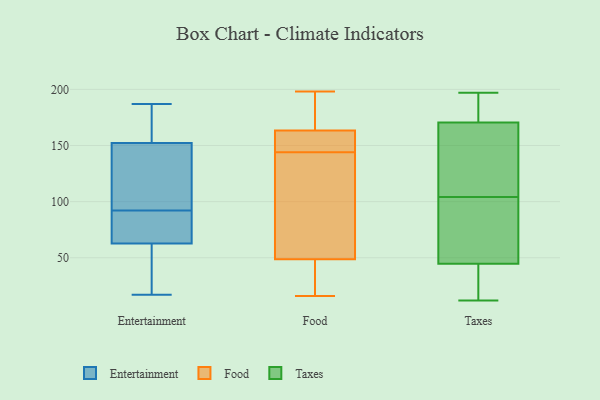
{"axis": {"x": "Customer Acquisition Cost (USD)", "y": "Value"}, "legend": ["Entertainment", "Food", "Taxes"], "data": [{"x": "", "y": 153, "type": "Entertainment"}, {"x": "", "y": 88, "type": "Entertainment"}, {"x": "", "y": 84, "type": "Entertainment"}, {"x": "", "y": 187, "type": "Entertainment"}, {"x": "", "y": 17, "type": "Entertainment"}, {"x": "", "y": 17, "type": "Entertainment"}, {"x": "", "y": 29, "type": "Entertainment"}, {"x": "", "y": 173, "type": "Entertainment"}, {"x": "", "y": 74, "type": "Entertainment"}, {"x": "", "y": 152, "type": "Entertainment"}, {"x": "", "y": 102, "type": "Entertainment"}, {"x": "", "y": 121, "type": "Entertainment"}, {"x": "", "y": 92, "type": "Entertainment"}, {"x": "", "y": 16, "type": "Food"}, {"x": "", "y": 144, "type": "Food"}, {"x": "", "y": 198, "type": "Food"}, {"x": "", "y": 157, "type": "Food"}, {"x": "", "y": 180, "type": "Food"}, {"x": "", "y": 103, "type": "Food"}, {"x": "", "y": 17, "type": "Food"}, {"x": "", "y": 164, "type": "Food"}, {"x": "", "y": 132, "type": "Food"}, {"x": "", "y": 53, "type": "Food"}, {"x": "", "y": 36, "type": "Food"}, {"x": "", "y": 163, "type": "Food"}, {"x": "", "y": 153, "type": "Food"}, {"x": "", "y": 157, "type": "Taxes"}, {"x": "", "y": 12, "type": "Taxes"}, {"x": "", "y": 160, "type": "Taxes"}, {"x": "", "y": 55, "type": "Taxes"}, {"x": "", "y": 14, "type": "Taxes"}, {"x": "", "y": 174, "type": "Taxes"}, {"x": "", "y": 173, "type": "Taxes"}, {"x": "", "y": 178, "type": "Taxes"}, {"x": "", "y": 163, "type": "Taxes"}, {"x": "", "y": 104, "type": "Taxes"}, {"x": "", "y": 68, "type": "Taxes"}, {"x": "", "y": 17, "type": "Taxes"}, {"x": "", "y": 50, "type": "Taxes"}, {"x": "", "y": 43, "type": "Taxes"}, {"x": "", "y": 197, "type": "Taxes"}]}